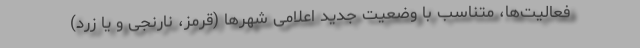
فعالیت‌ها، متناسب با وضعیت جدید اعلامی شهر‌ها (قرمز، نارنجی و یا زرد)